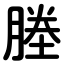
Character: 塍